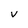
Character: V